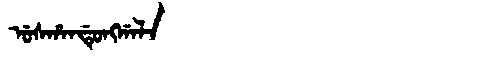
Manchu: ᡠᠰᡥᠠᠨᡩᡠᠩᡤᠠᠯᠠ
Romanization: USHANDUNGGALA